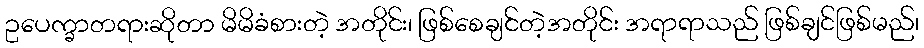
ဥပေက္ခာတရားဆိုတာ မိမိခံစားတဲ့ အတိုင်း၊ ဖြစ်စေချင်တဲ့အတိုင်း အရာရာသည် ဖြစ်ချင်ဖြစ်မည်၊